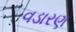
વડારણ